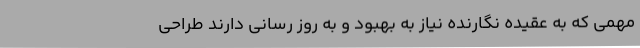
مهمی که به عقیده نگارنده نیاز به بهبود و به روز رسانی دارند طراحی